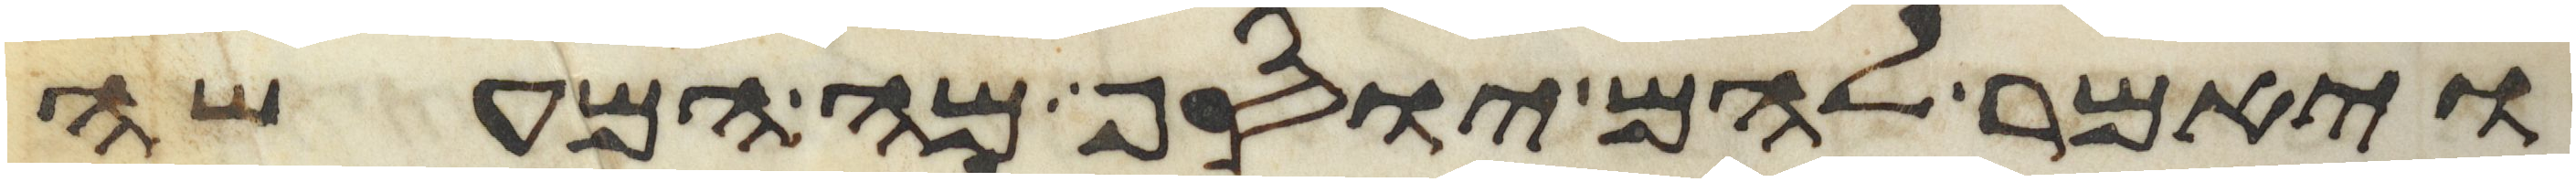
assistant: ויאמר להם יוסף מה המעשה